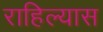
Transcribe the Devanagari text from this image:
राहिल्‍यास